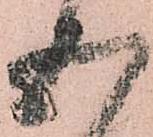
五